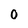
Character: 0